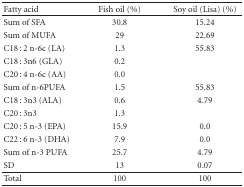
<table><thead><tr><td><b> Fatty acid</b></td><td><b>Fish oil (%)</b></td><td><b>Soy oil (Lisa) (%)</b></td></tr></thead><tbody><tr><td>Sum of SFA</td><td>30.8</td><td>15.24</td></tr><tr><td>Sum of MUFA</td><td>29</td><td>22.69</td></tr><tr><td>C18 : 2 n-6c (LA)</td><td>1.3</td><td>55.83</td></tr><tr><td>C18 : 3n6 (GLA)</td><td>0.2</td><td></td></tr><tr><td>C20 : 4 n-6c (AA)</td><td>0.0</td><td></td></tr><tr><td>Sum of n-6PUFA</td><td>1.5</td><td>55.83</td></tr><tr><td>C18 : 3n3 (ALA)</td><td>0.6</td><td>4.79</td></tr><tr><td>C20 : 3n3</td><td>1.3</td><td></td></tr><tr><td>C20 : 5 n-3 (EPA)</td><td>15.9</td><td>0.0</td></tr><tr><td>C22 : 6 n-3 (DHA)</td><td>7.9</td><td>0.0</td></tr><tr><td>Sum of n-3 PUFA</td><td>25.7</td><td>4.79</td></tr><tr><td>SD</td><td>13</td><td>0.07 </td></tr><tr><td>Total</td><td>100</td><td>100</td></tr></tbody></table>